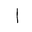
Letter: _alif